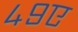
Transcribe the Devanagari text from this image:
४९ए